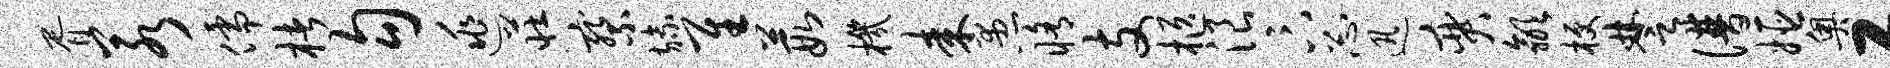
胥若儒楮勾逃庄察旒隹葭机耒愚修支柩浪卞忐迅奕歙梗楚谱姬奥工